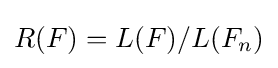
R(F)=L(F)/L(F_{n})